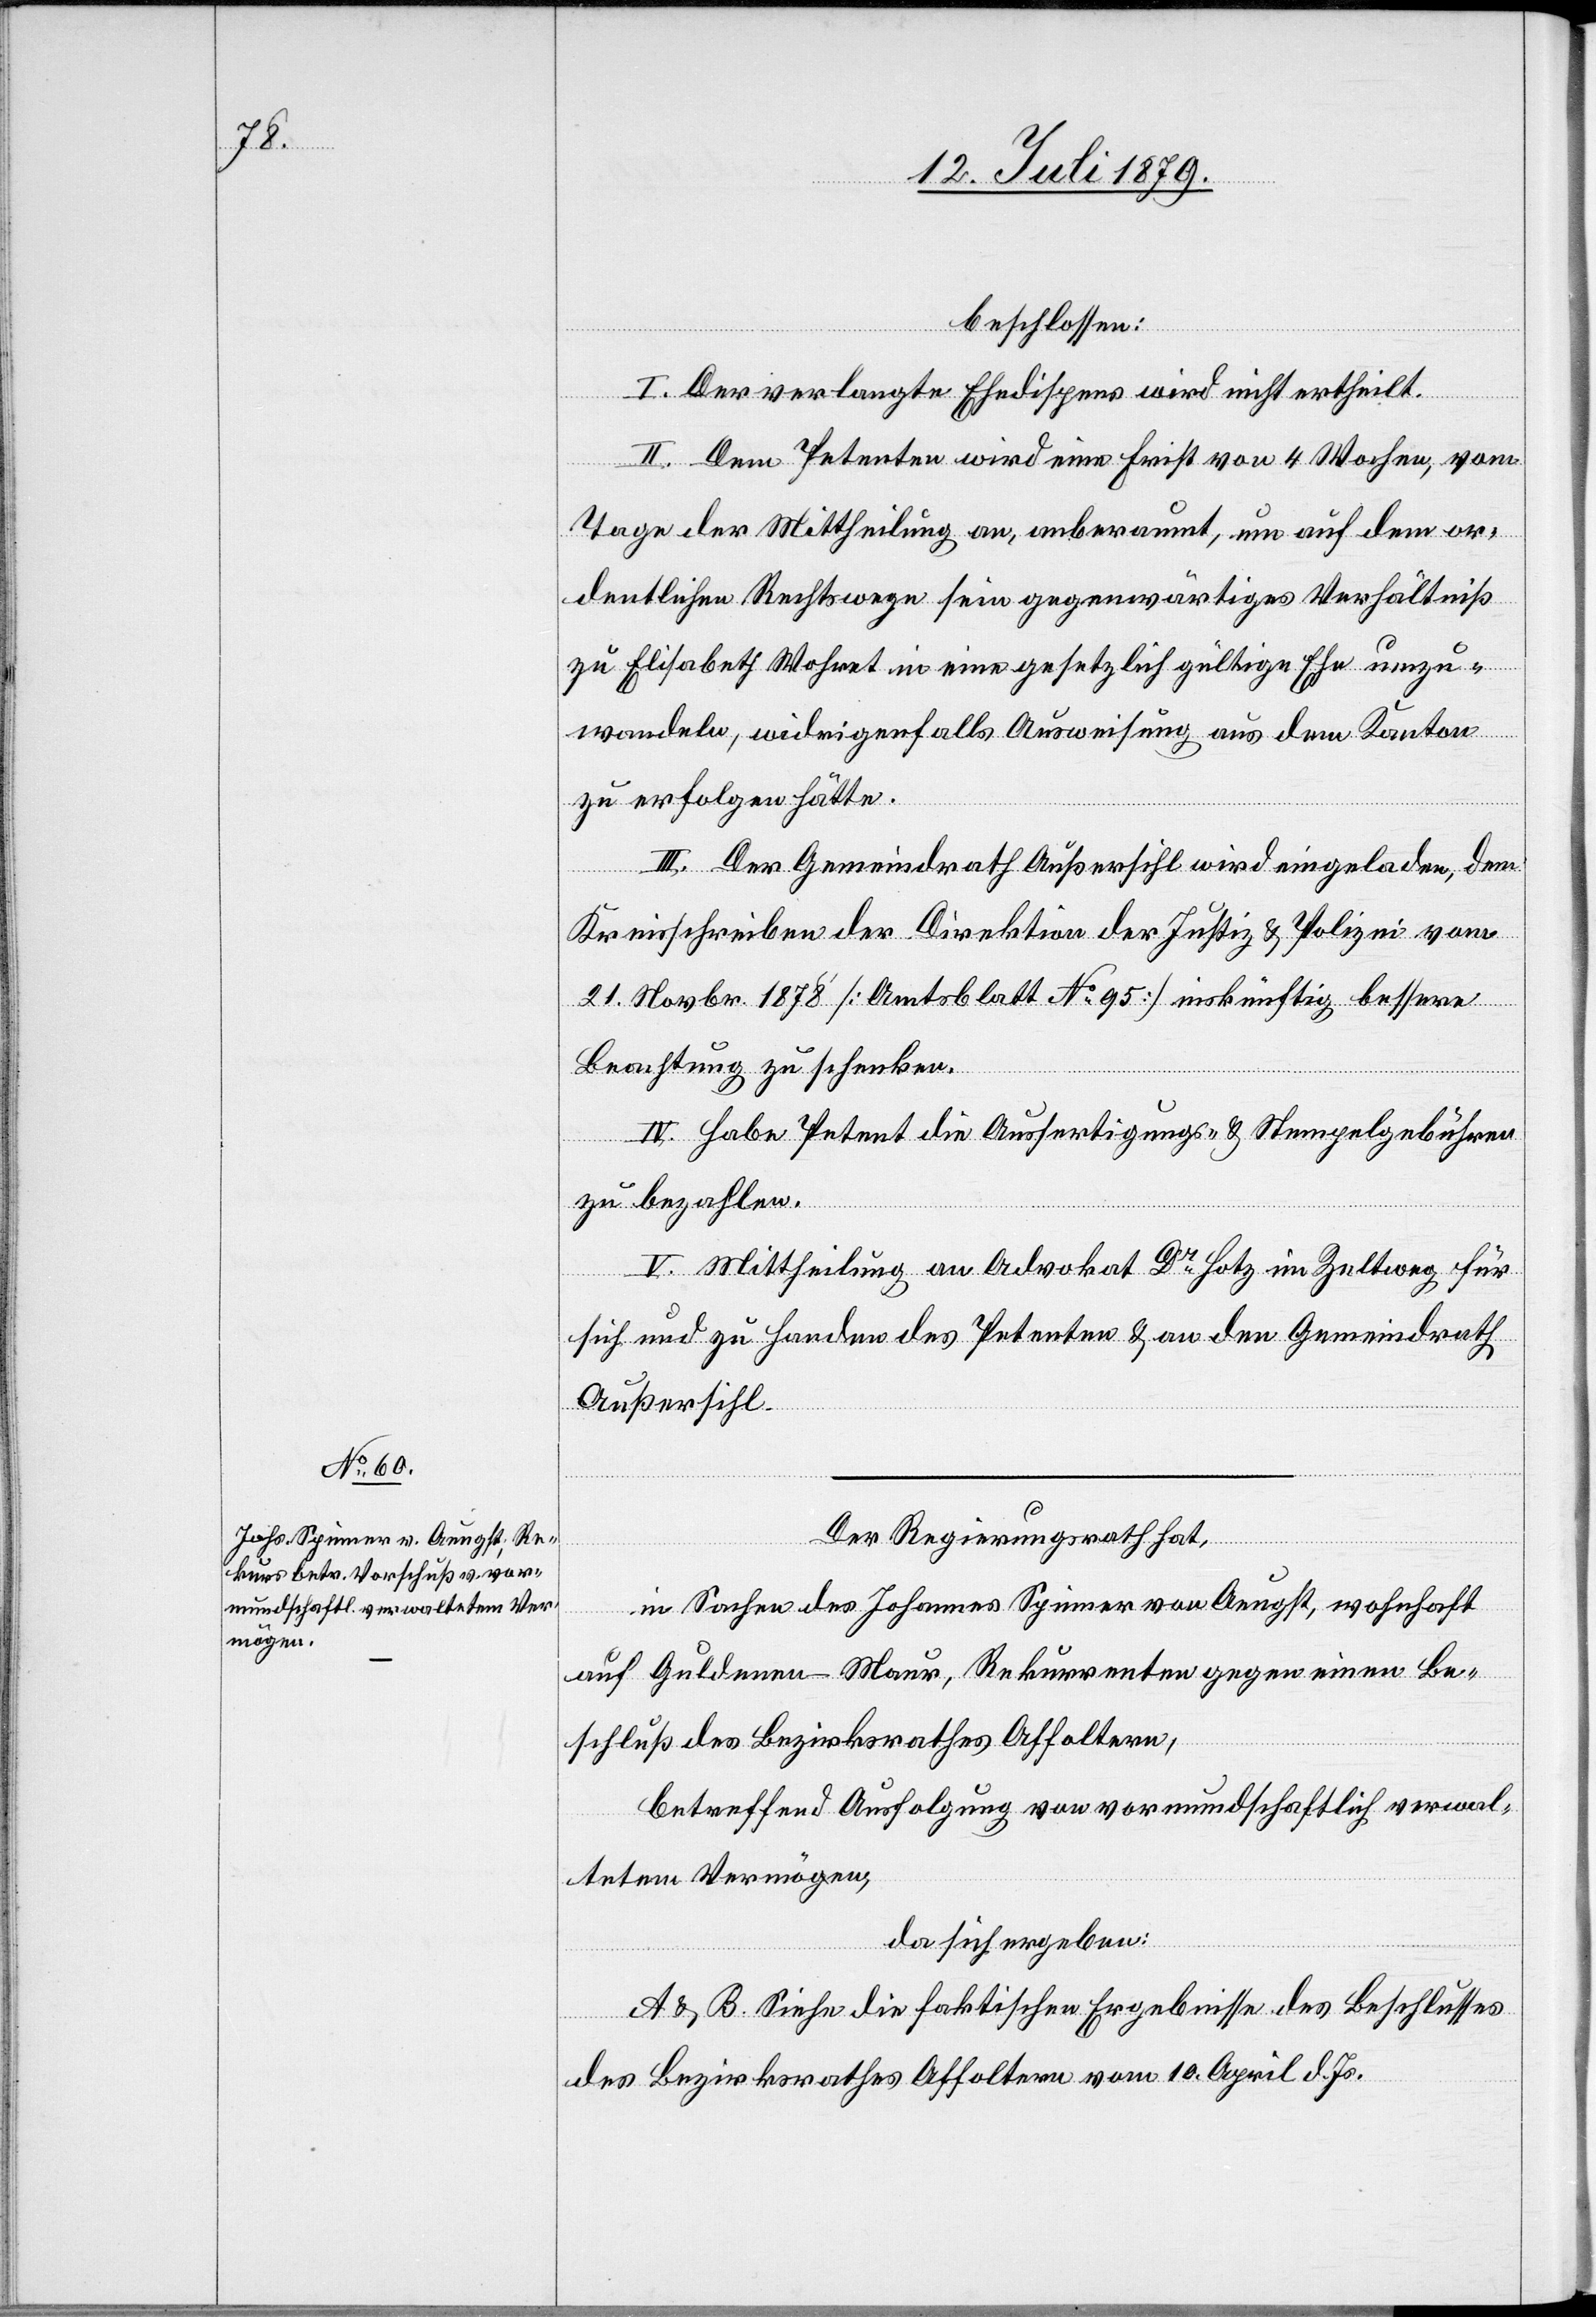
beschlossen:
I. Der verlangte Ehedispens wird nicht ertheilt.
II. Dem Petenten wird eine Frist von 4 Wochen, vom
Tage der Mittheilung an, anberaumt, um auf dem or¬
dentlichen Rechtswege sein gegenwärtiges Verhältniß
zu Elisabeth [sic!] Wohret in eine gesetzlich gültige Ehe umzu¬
wandeln, widrigenfalls Ausweisung aus dem Kanton
zu erfolgen hätte.
III. Der Gemeindrath Außersihl wird eingeladen, dem
Kreisschreiben der Direktion der Justiz & Polizei vom
21. Novbr. 1878 [Amtsblatt No 95] inskünftig bessere
Beachtung zu schenken.
IV. Habe Petent die Ausfertigungs- & Stempelgebühren
zu bezahlen.
V. Mittheilung an Advokat Dr Hotz im Zeltweg für
sich und zu Handen des Petenten & an den Gemeindrath
Außersihl.
Der Regierungsrath hat,
in Sachen des Johannes Spinner von Aeugst, wohnhaft
auf Guldenen - Maur, Rekurrenten gegen einen Be¬
schluß des Bezirksrathes Affoltern,
betreffend Ausfolgung von vormundschaftlich verwal¬
tetem Vermögen,
da sich ergeben:
A & B. Siehe die faktischen Ergebnisse des Beschlusses
des Bezirksrathes Affoltern vom 10. April d. Js.